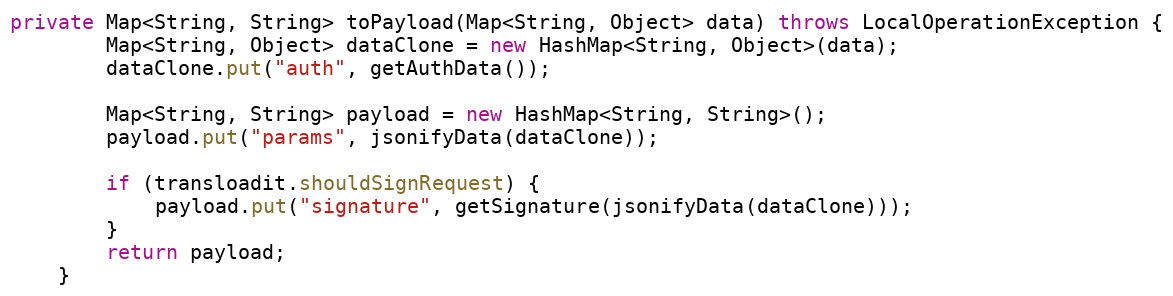
Language: Java
private Map<String, String> toPayload(Map<String, Object> data) throws LocalOperationException {
        Map<String, Object> dataClone = new HashMap<String, Object>(data);
        dataClone.put("auth", getAuthData());

        Map<String, String> payload = new HashMap<String, String>();
        payload.put("params", jsonifyData(dataClone));

        if (transloadit.shouldSignRequest) {
            payload.put("signature", getSignature(jsonifyData(dataClone)));
        }
        return payload;
    }